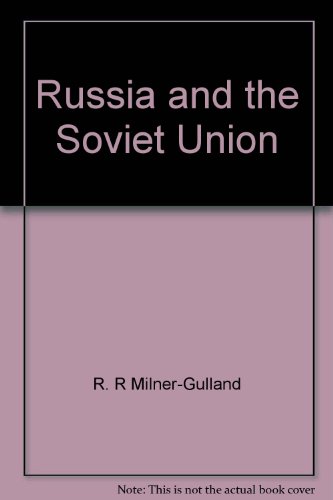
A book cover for Russia and the Soviet Union (The Cultural atlas of the world); R. R Milner-Gulland; Travel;